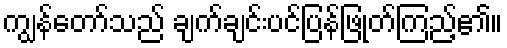
ကျွန်တော်သည် ချက်ချင်းပင်ပြန်ဖြုတ်ကြည့်၏။